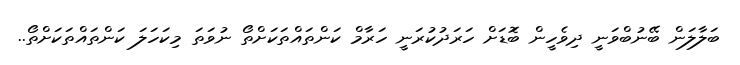
ބަލާލަން ބޭނުބްވަނީ ދިވެހީން ބޮަޑަށް ހަރަދުކުރަނީ ހަރާމް ކަންތައްތަކަށްތޯ ނުވަތަ މިކަހަލަ ކަންތައްތަކަށްތޯ..